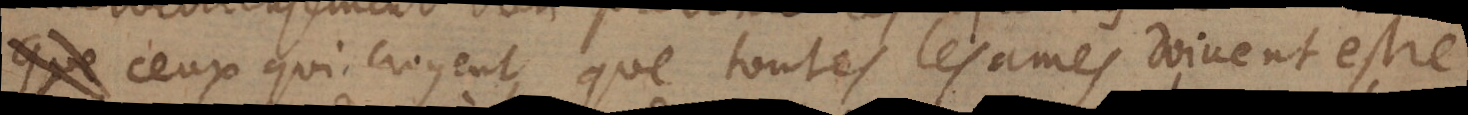
que ceux qui croyent que toutes les ames doivent estre